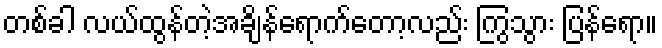
တစ်ခါ လယ်ထွန်တဲ့အချိန်ရောက်တော့လည်း ကြွသွား ပြန်ရော။